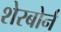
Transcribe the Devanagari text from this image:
शेरबोर्न